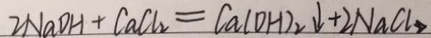
2 N a O H + C a C l _ { 2 } = C a ( O H ) _ { 2 } \downarrow + 2 N a C l _ { 2 }